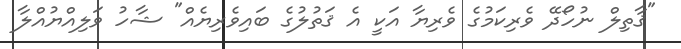
"ޤާތިލް ނުހޯދޭ ވެރިކަމުގެ ވެރިޔާ އަކީ އެ ޤަތުލުގެ ބައިވެރިޔެއް" ޝާހު ވަލިއްޔުއްލާ